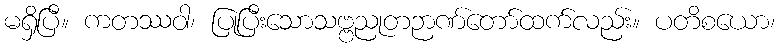
မရှိပြီ။ ကတဿဝါ၊ ပြုပြီးသောသဗ္ဗညုတဉာဏ်တော်ထက်လည်း။ ပတိစယော၊